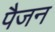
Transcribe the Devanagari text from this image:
पैजन